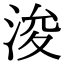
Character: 浚